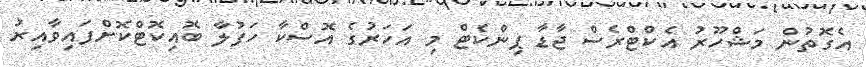
އެގޮތުން މަޝްހޫރު އެކްޓްރެސް ޖާޑާ ޕިންކެޓް މި އަހަރުގެ އޮސްކާ ހަފުލާ ބޮއިކޮޓްކޮށްފައިވާއިރު